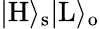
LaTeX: |\mathrm{H}\rangle_{\mathrm{s}}|\mathrm{L}\rangle_{\mathrm{o}}